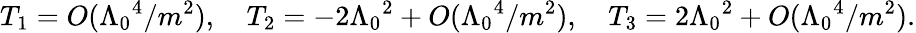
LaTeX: T_{1}=O(\Lambda_{0}{}^{4}/m^{2}),\quad T_{2}=-2\Lambda_{0}{}^{2}+O(\Lambda_{0}{}^{4}/m^{2}),\quad T_{3}=2\Lambda_{0}{}^{2}+O(\Lambda_{0}{}^{4}/m^{2}).